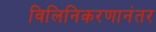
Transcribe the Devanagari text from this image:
विलिनिकरणानंतर